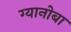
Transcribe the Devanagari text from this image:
ग्यानोबा